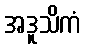
အဒူသိကံ